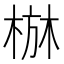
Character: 𱣭